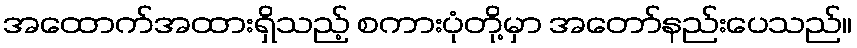
အထောက်အထားရှိသည့် စကားပုံတို့မှာ အတော်နည်းပေသည်။